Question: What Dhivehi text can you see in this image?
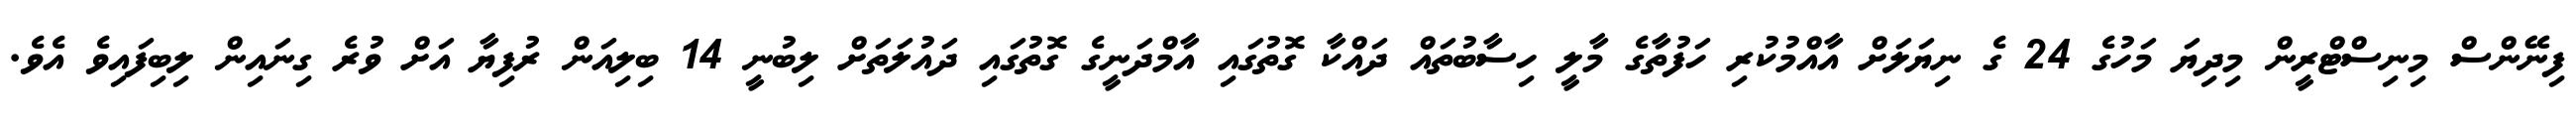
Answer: ފިނޭންސް މިނިސްޓްރީން މިދިޔަ މަހުގެ 24 ގެ ނިޔަލަށް އާއްމުކުރި ހަފުތާގެ މާލީ ހިސާބުތައް ދައްކާ ގޮތުގައި އާމްދަނީގެ ގޮތުގައި ދައުލަތަށް ލިބުނީ 14 ބިލިއަން ރުފިޔާ އަށް ވުރެ ގިނައިން ލިބިފައިވެ އެވެ.